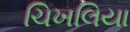
ચિખલિયા